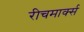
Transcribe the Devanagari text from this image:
रीचमार्क्स